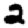
Digit: 2